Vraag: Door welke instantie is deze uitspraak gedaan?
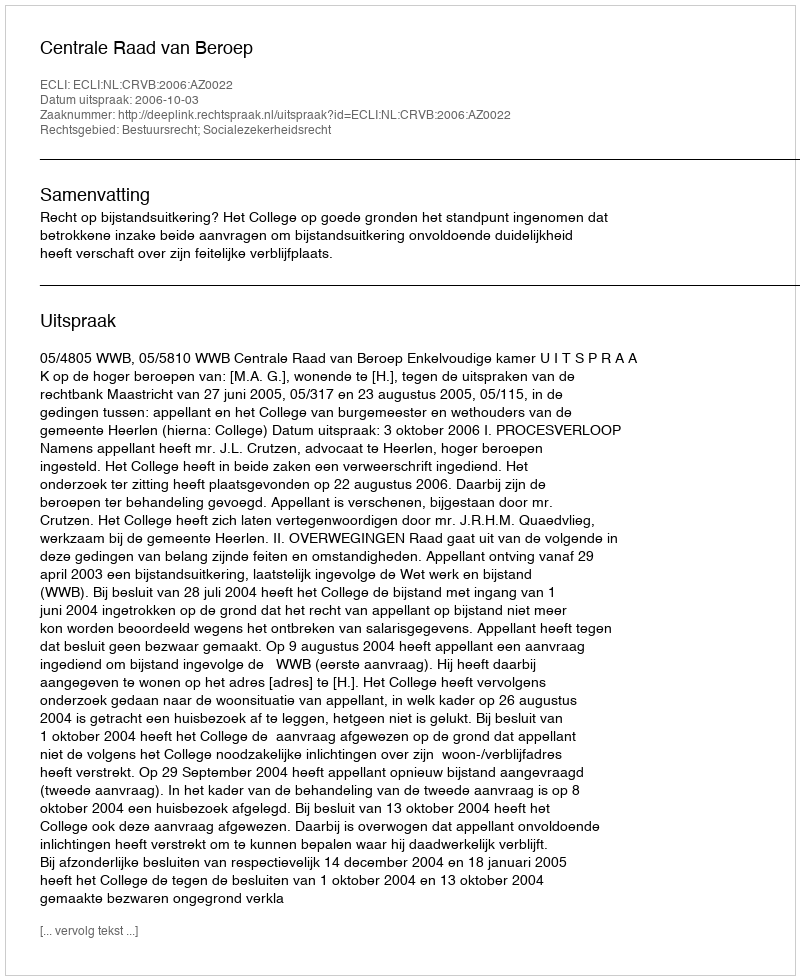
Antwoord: Centrale Raad van Beroep